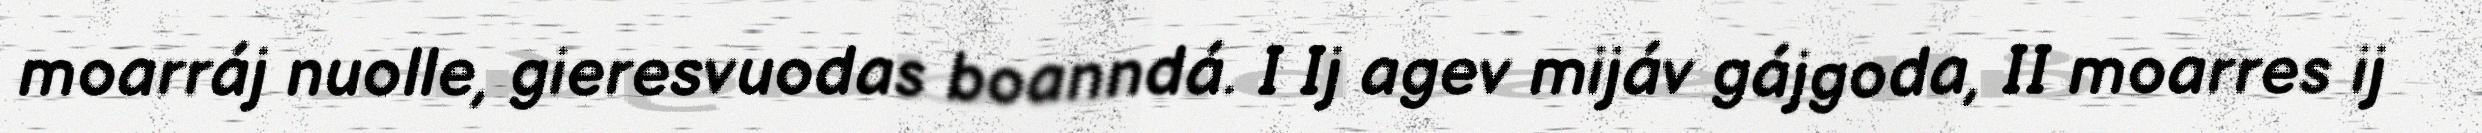
moarráj nuolle, gieresvuodas boanndá. I Ij agev mijáv gájgoda, II moarres ij